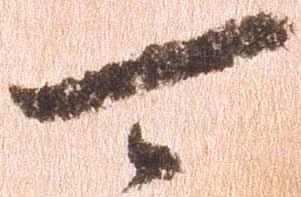
可